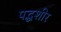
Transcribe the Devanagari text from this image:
पद्धशीर